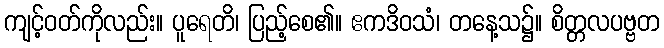
ကျင့်ဝတ်ကိုလည်း။ ပူရေတိ၊ ပြည့်စေ၏။ ဧကဒိဝသံ၊ တနေ့သ၌။ စိတ္တလပဗ္ဗတ